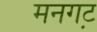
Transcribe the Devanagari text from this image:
मनगट़